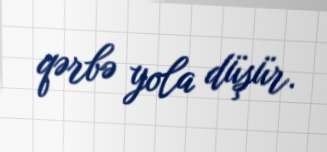
qərbə yola düşür.